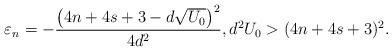
LaTeX: \begin{align*}\varepsilon_n= -\frac{\left(4 n+4s+3-d \sqrt{U_0}\right)^2}{4 d^2},d^2U_0>(4n+4s+3)^2.\end{align*}